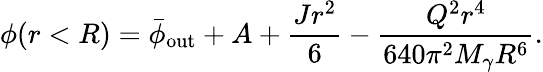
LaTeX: \phi(r<R)=\bar{\phi}_{\mathrm{out}}+A+\frac{Jr^{2}}{6}-\frac{Q^{2}r^{4}}{640\pi^{2}M_{\gamma}R^{6}}.